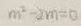
m ^ { 2 } - 2 m = 0